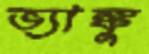
ভ্যাঙ্কু